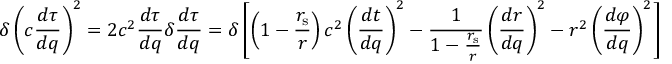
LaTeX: \delta \left( c { \frac { d \tau } { d q } } \right) ^ { 2 } = 2 c ^ { 2 } { \frac { d \tau } { d q } } \delta { \frac { d \tau } { d q } } = \delta \left[ \left( 1 - { \frac { r _ { \mathrm { { s } } } } { r } } \right) c ^ { 2 } \left( { \frac { d t } { d q } } \right) ^ { 2 } - { \frac { 1 } { 1 - { \frac { r _ { \mathrm { { s } } } } { r } } } } \left( { \frac { d r } { d q } } \right) ^ { 2 } - r ^ { 2 } \left( { \frac { d \varphi } { d q } } \right) ^ { 2 } \right] \, .